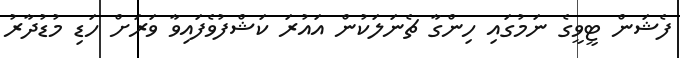
ފެޝަން ޓީވީގެ ނަމުގައި ހިންގާ ޗެނަލަކުން އައުރަ ކަޝްފުވެފައިވާ ވަރަށް ހަޑި މުޑުދާރު